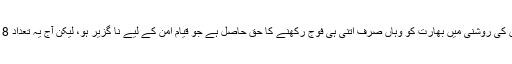
سلامتی کونسل کی قراردادوں کی روشنی میں بھارت کو وہاں صرف اتنی ہی فوج رکھنے کا حق حاصل ہے جو قیام امن کے لیے نا گزیر ہو، لیکن آج یہ تعداد 8 لاکھ سے تجاوزکرچکی ہے۔